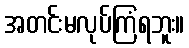
အတင်းမလုပ်ကြံရဘူး။